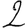
Digit: 2